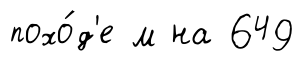
похо́д'е м на 649